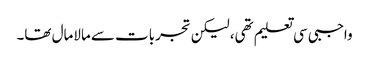
واجبی سی تعلیم تھی، لیکن تجربات سے مالامال تھا۔